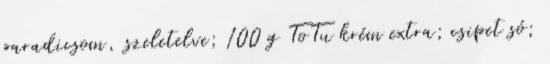
paradicsom, szeletelve; 100 g ToTu krém extra; csipet só;